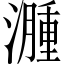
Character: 𬉎